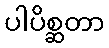
ပါပိစ္ဆတာ